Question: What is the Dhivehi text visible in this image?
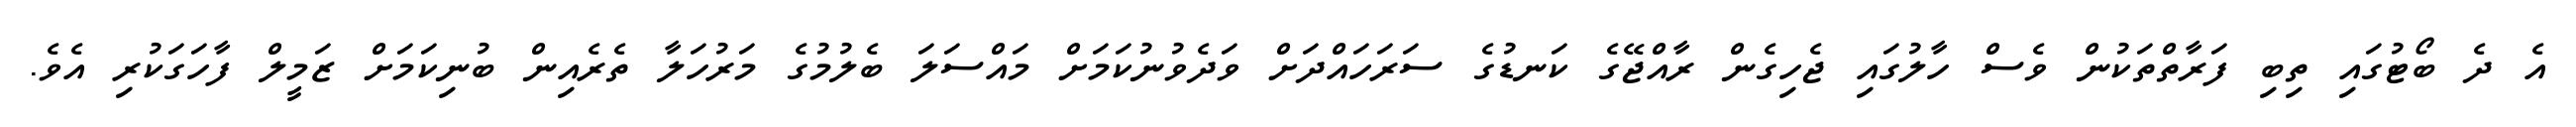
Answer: އެ ދެ ބޯޓުގައި ތިބި ފަރާތްތަކުން ވެސް ހާލުގައި ޖެހިގެން ރާއްޖޭގެ ކަނޑުގެ ސަރަހައްދަށް ވަދެވުނުކަމަށް މައްސަލަ ބެލުމުގެ މަރުހަލާ ތެރެއިން ބުނިކަމަށް ޒަމީލް ފާހަގަކުރި އެވެ.